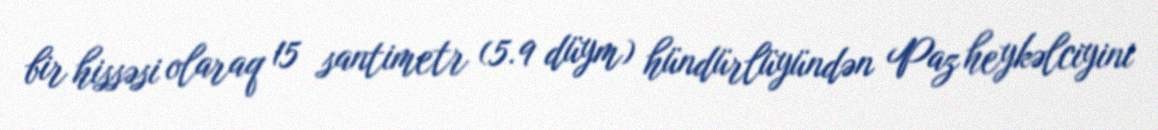
bir hissəsi olaraq 15 santimetr (5.9 düym) hündürlüyündən Paz heykəlciyini